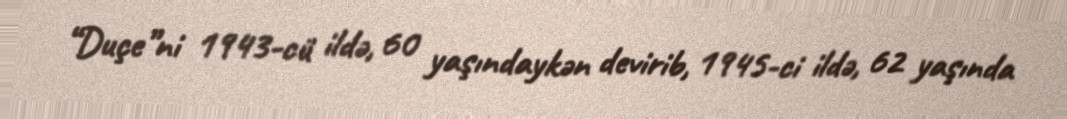
“Duçe”ni 1943-cü ildə, 60 yaşındaykən devirib, 1945-ci ildə, 62 yaşında